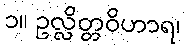
၁။ ဥလ္လိတ္တဝိဟာရ၊